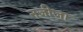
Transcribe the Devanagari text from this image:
नजीजा